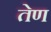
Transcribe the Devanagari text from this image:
तेण